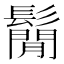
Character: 鬜